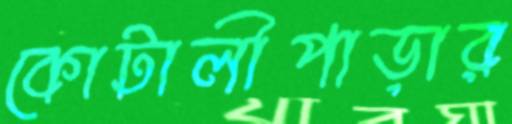
কোটালীপাড়ার